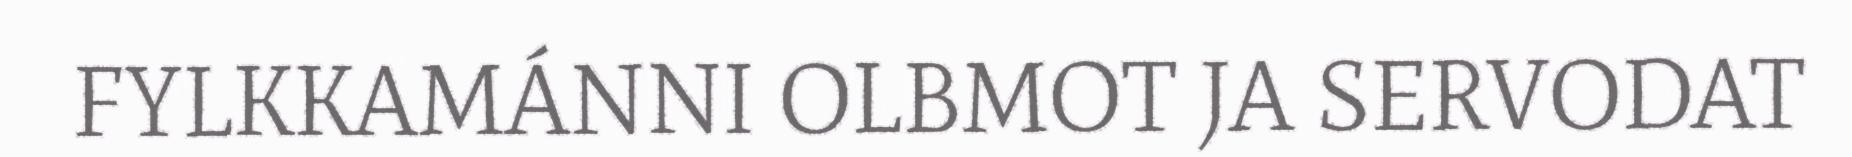
FYLKKAMÁNNI OLBMOT JA SERVODAT